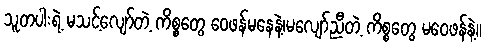
သူတပါးရဲ့ မသင့်လျော်တဲ့ ကိစ္စတွေ ဝေဖန်မနေနဲ့၊မလျော်ညီတဲ့ ကိစ္စတွေ မဝေဖန်နဲ့။